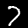
Label: 7